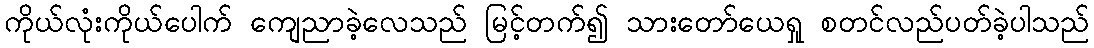
ကိုယ်လုံးကိုယ်ပေါက် ကျေညာခဲ့လေသည် မြင့်တက်၍ သားတော်ယေရှု စတင်လည်ပတ်ခဲ့ပါသည်